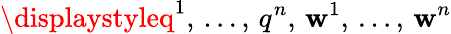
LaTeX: \displaystyleq^{1},\, \ldots,\, q^{n},\, \mathbf{w}^{1},\, \ldots,\, \mathbf{w}^{n}